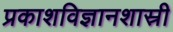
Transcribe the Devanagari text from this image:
प्रकाशविज्ञानशास्री